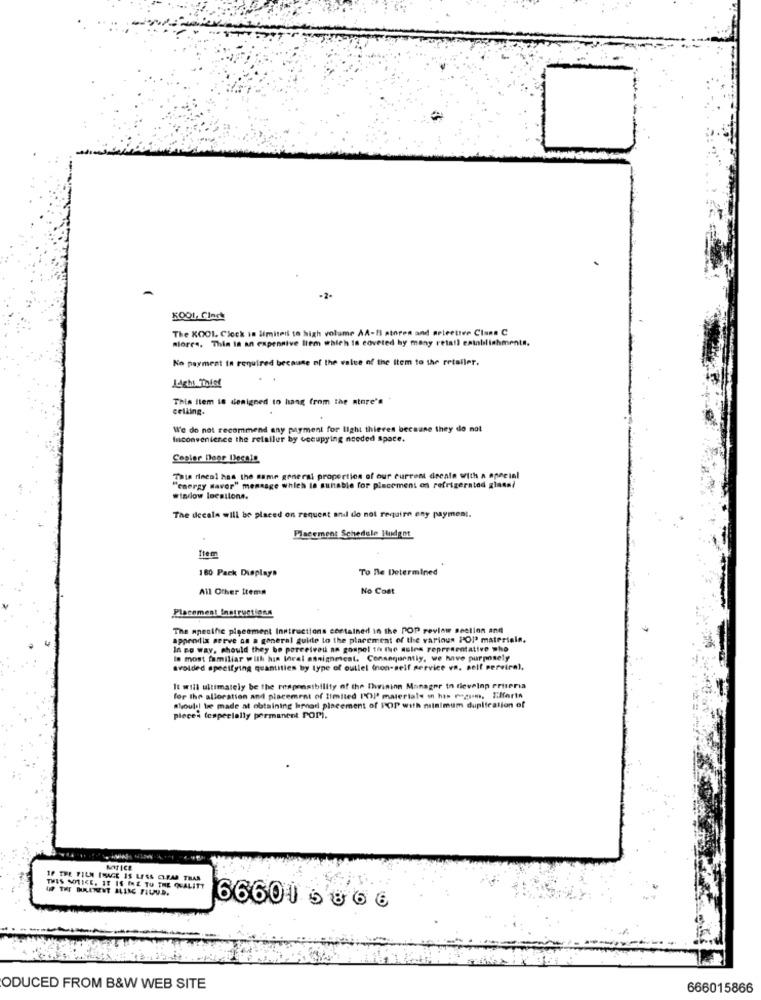
-2.
5001, Cinch
The KOOI. Clock in limited to high volume AA-B atoren and arleettve Clans C
niores. Thin in an expensive Item which is covered by many retail eninblishments.
No payment in required because of the value of the Item to the retailer.
Light findet
This Item is designed to hang from the atore's
ceiling.
We do not recommend any payment for light thieves because they do not
Inconvenience the relaller by occupying needed space.
Sepier Door Desale
This rineal has the same general proportion of our current deesta with a aneeinl
"energy saver" mensage which la suitable for placement os refrigerated glass/
window loesilona.
The decala will be placed on request and do not require any payment.
Placement Schedule Budget
Item
180 Pack Displays
To ne Determined
All Other Items
No Cost
Placement Instructions
The mpecthe pigeement Instructions contained in the POP review section and
appendix serve as a general guide to the placement of the various POI? materialn.
In co way, should they be perceived an gospel to the asics representative who
Is most familiar with his toral assignment. Consequently, we have purposely
avoided specifying quantities by type of outlel (non-self service vo. self perviral,
It will ultimately be the responsibility of the Dwininn Manager in tievelnp ertteria
for the alloration and placement of limited ['OUI' materiale in his megum, Efforts
should be made at obtaining brood placement of POP with minimum duplication of
pieces (especially permanent POPi.
MTICE
IF THE FILM IMAGE IS LESS CLEAR THAN
THIS NOTICE. IT IS INE TO THE QUALITY
66601 5 0 6 6
ODUCED FROM B&W WEB SITE
666015866